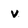
Character: v